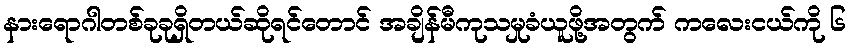
နားရောဂါတစ်ခုခုရှိတယ်ဆိုရင်တောင် အချိန်မီကုသမှုခံယူဖို့အတွက် ကလေးငယ်ကို ၆